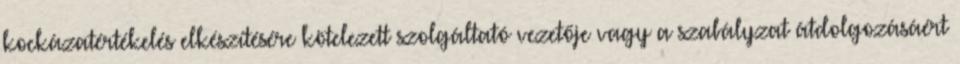
kockázatértékelés elkészítésére kötelezett szolgáltató vezetője vagy a szabályzat átdolgozásáért